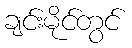
ချင်းမိုင်တွင်